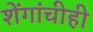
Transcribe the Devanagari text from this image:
शेंगांचीही